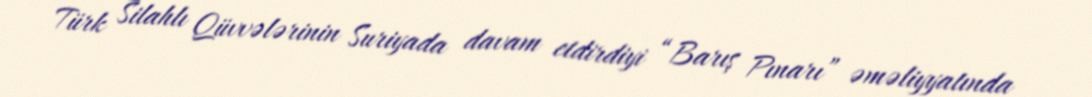
Türk Silahlı Qüvvələrinin Suriyada davam etdirdiyi “Barış Pınarı” əməliyyatında